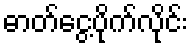
ဓာတ်ငွေ့ပိုက်လိုင်း